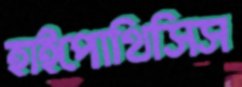
হাইপোথিসিস